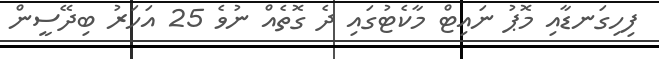
ފިހިގަނޑާއި މޮޕު ނައިޓް މާކެޓުގައި ދެ ގޮތެއް ނުވެ 25 އަހަރު ބިދޭސީން